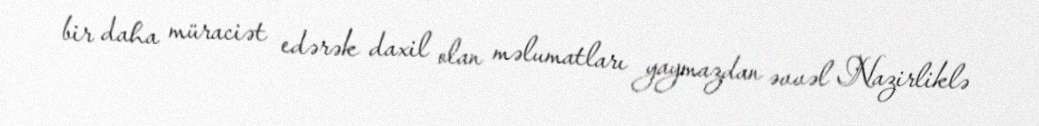
bir daha müraciət edərək daxil olan məlumatları yaymazdan əvvəl Nazirliklə